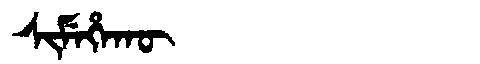
Manchu: ᠰᡳᠮᡝᡥᠠᡴᡡ
Romanization: SIMEHAKŪ